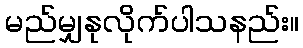
မည်မျှနုလိုက်ပါသနည်း။